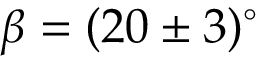
\beta = ( 2 0 \pm 3 ) ^ { \circ }